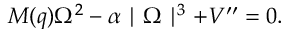
M ( q ) \Omega ^ { 2 } - \alpha \mid \Omega \mid ^ { 3 } + V ^ { \prime \prime } = 0 .